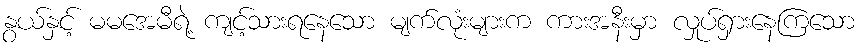
နွယ်နှင့် မမအေမီရဲ့ ကျင့်သားရနေသော မျက်လုံးများက ကားအနီးမှာ လှုပ်ရှားနေကြသော